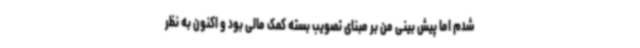
شدم اما پیش بینی من بر مبنای تصویب بسته کمک مالی بود و اکنون به نظر